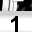
Digit: 1